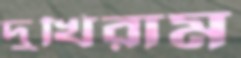
দুখিরাম